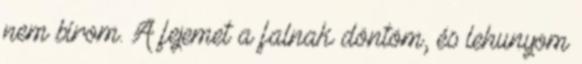
nem bírom. A fejemet a falnak döntöm, és lehunyom